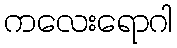
ကလေးရောဂါ